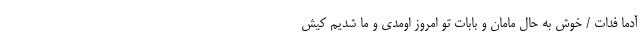
آدما فدات / خوش به حال مامان و بابات تو امروز اومدی و ما شدیم کیش